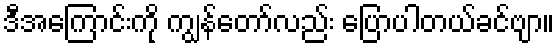
ဒီအကြောင်းကို ကျွန်တော်လည်း ပြောပါတယ်ခင်ဗျာ။